Indian journal of veterinary science and animal husbandry - Volume 3,
Year: 1933
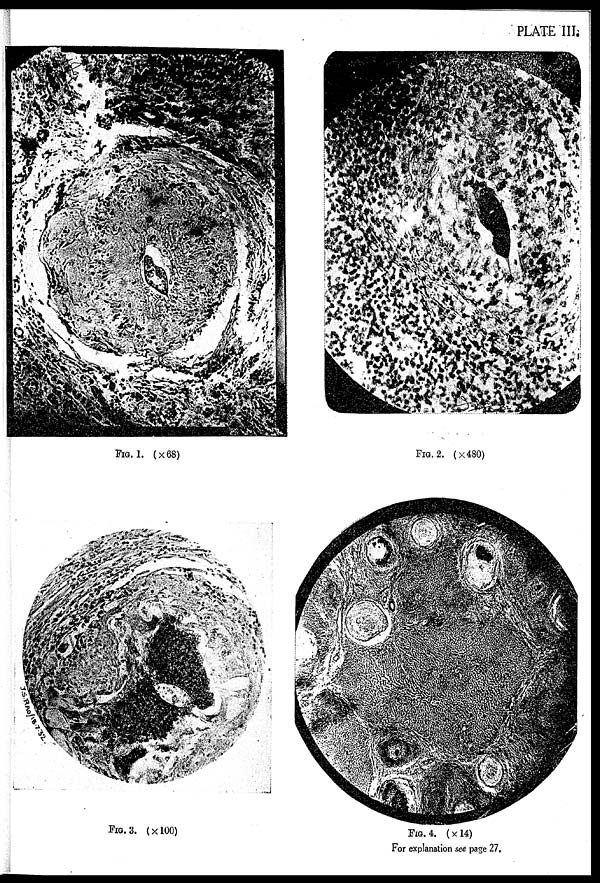
PLATE III.
FIG. 1. (×68)
FIG. 2. (×480)
FIG. 3. (×100)
FIG. 4. (× 14)
For explanation see page 27.